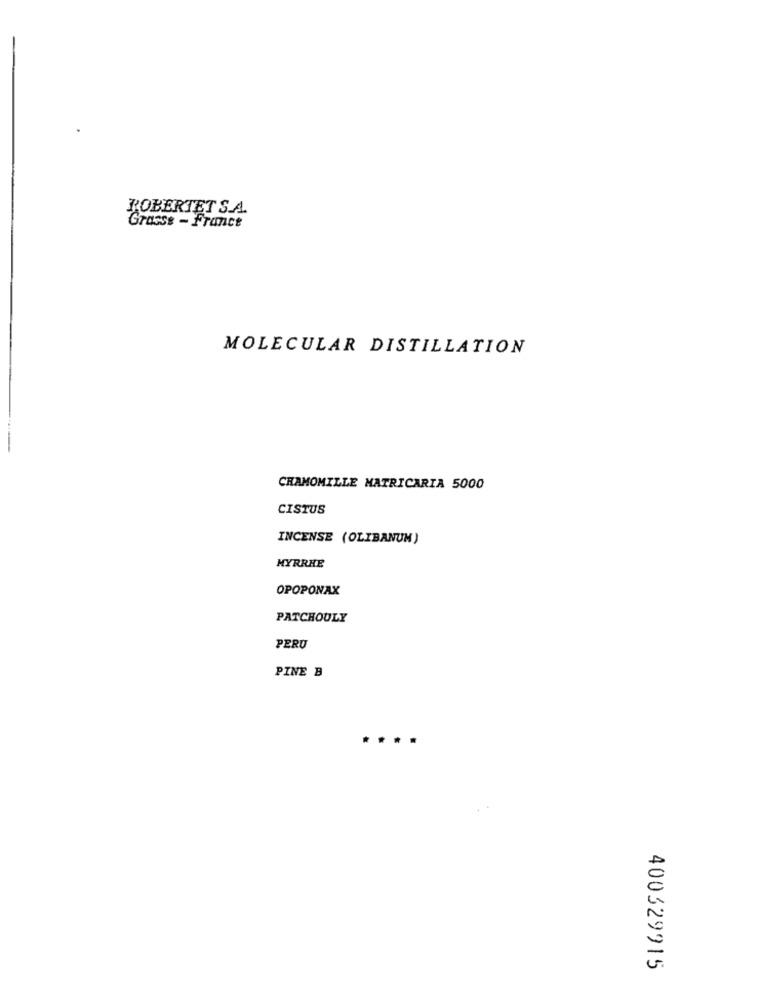
ROBERTET S.A.
Grasss - France
MOLECULAR DISTILLATION
CHAMOMILLE MATRICARIA 5000
CISTUS
INCENSE (OLIBANUM)
MYRRHE
OPOPONAX
PATCHOULY
PERU
PINE B
400329915